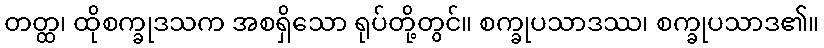
တတ္ထ၊ ထိုစက္ခုဒသက အစရှိသော ရုပ်တို့တွင်။ စက္ခုပသာဒဿ၊ စက္ခုပသာဒ၏။